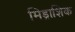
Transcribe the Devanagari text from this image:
मिड्राशिक